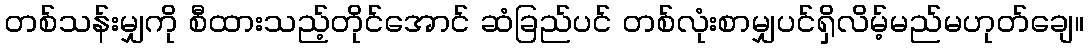
တစ်သန်းမျှကို စီထားသည့်တိုင်အောင် ဆံခြည်ပင် တစ်လုံးစာမျှပင်ရှိလိမ့်မည်မဟုတ်ချေ။